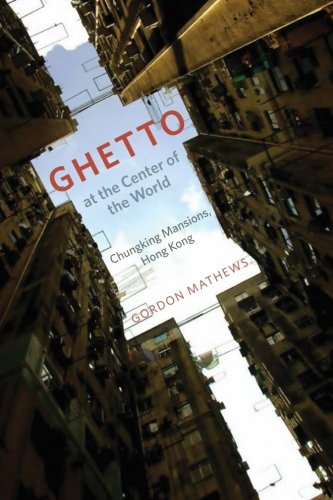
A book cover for Ghetto at the Center of the World: Chungking Mansions, Hong Kong; Gordon Mathews; History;